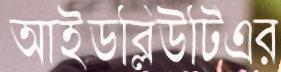
আইডব্লিউটিএর